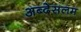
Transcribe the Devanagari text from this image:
अब्देसलम